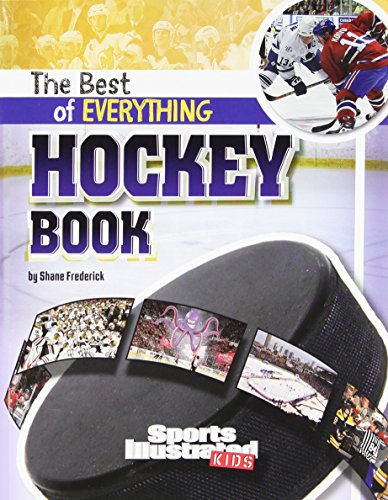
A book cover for The Best of Everything Hockey Book (The All-Time Best of Sports); Shane Frederick; Children's Books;